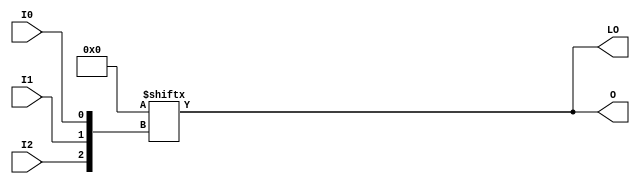
module LUT3_D (LO, O, I0, I1, I2);

    parameter INIT = 8'h00;

    input I0, I1, I2;

    output LO, O;

    reg O;
    reg tmp;
  
    assign LO = O;

    always @(  I2 or  I1 or  I0 )  begin
      tmp =  I0 ^ I1  ^ I2;
      if ( tmp == 0 || tmp == 1)
           O = INIT[{I2, I1, I0}];
      else
           O = lut3_mux4 ( {1'b0, 1'b0, lut3_mux4 (INIT[7:4], {I1, I0}),
                          lut3_mux4 (INIT[3:0], {I1, I0}) }, {1'b0, I2});
    end

  function lut3_mux4;
  input [3:0] d;
  input [1:0] s;

  begin
       if ((s[1]^s[0] ==1) || (s[1]^s[0] ==0))
           lut3_mux4 = d[s];
         else if ((d[0] === d[1]) && (d[2] === d[3]) && (d[0] === d[2]))
           lut3_mux4 = d[0];
         else if ((s[1] == 0) && (d[0] === d[1]))
           lut3_mux4 = d[0];
         else if ((s[1] == 1) && (d[2] === d[3]))
           lut3_mux4 = d[2];
         else if ((s[0] == 0) && (d[0] === d[2]))
           lut3_mux4 = d[0];
         else if ((s[0] == 1) && (d[1] === d[3]))
           lut3_mux4 = d[1];
         else
           lut3_mux4 = 1'bx;
   end
   endfunction

endmodule